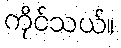
ကိုင်သယ်။